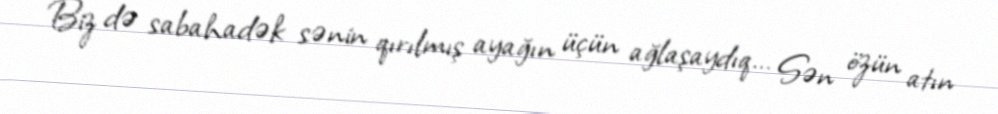
Biz də sabahadək sənin qırılmış ayağın üçün ağlaşaydıq... Sən özün atın